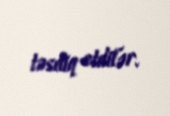
təsdiq etdilər.